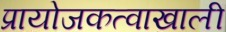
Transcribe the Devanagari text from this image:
प्रायोजकत्वाखाली